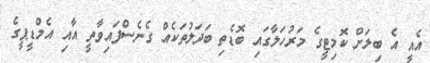
އެއީ އެ ބިލަށް ކޮމިޓީގެ މަރުހަލާގައި ބޮޑެތި ބަދަލުތަކެއް ގެނެސްފައިވާތީ އާއި އެމްޑީޕީގެ